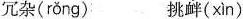
冗杂( rǒng ) 挑衅( xìn )